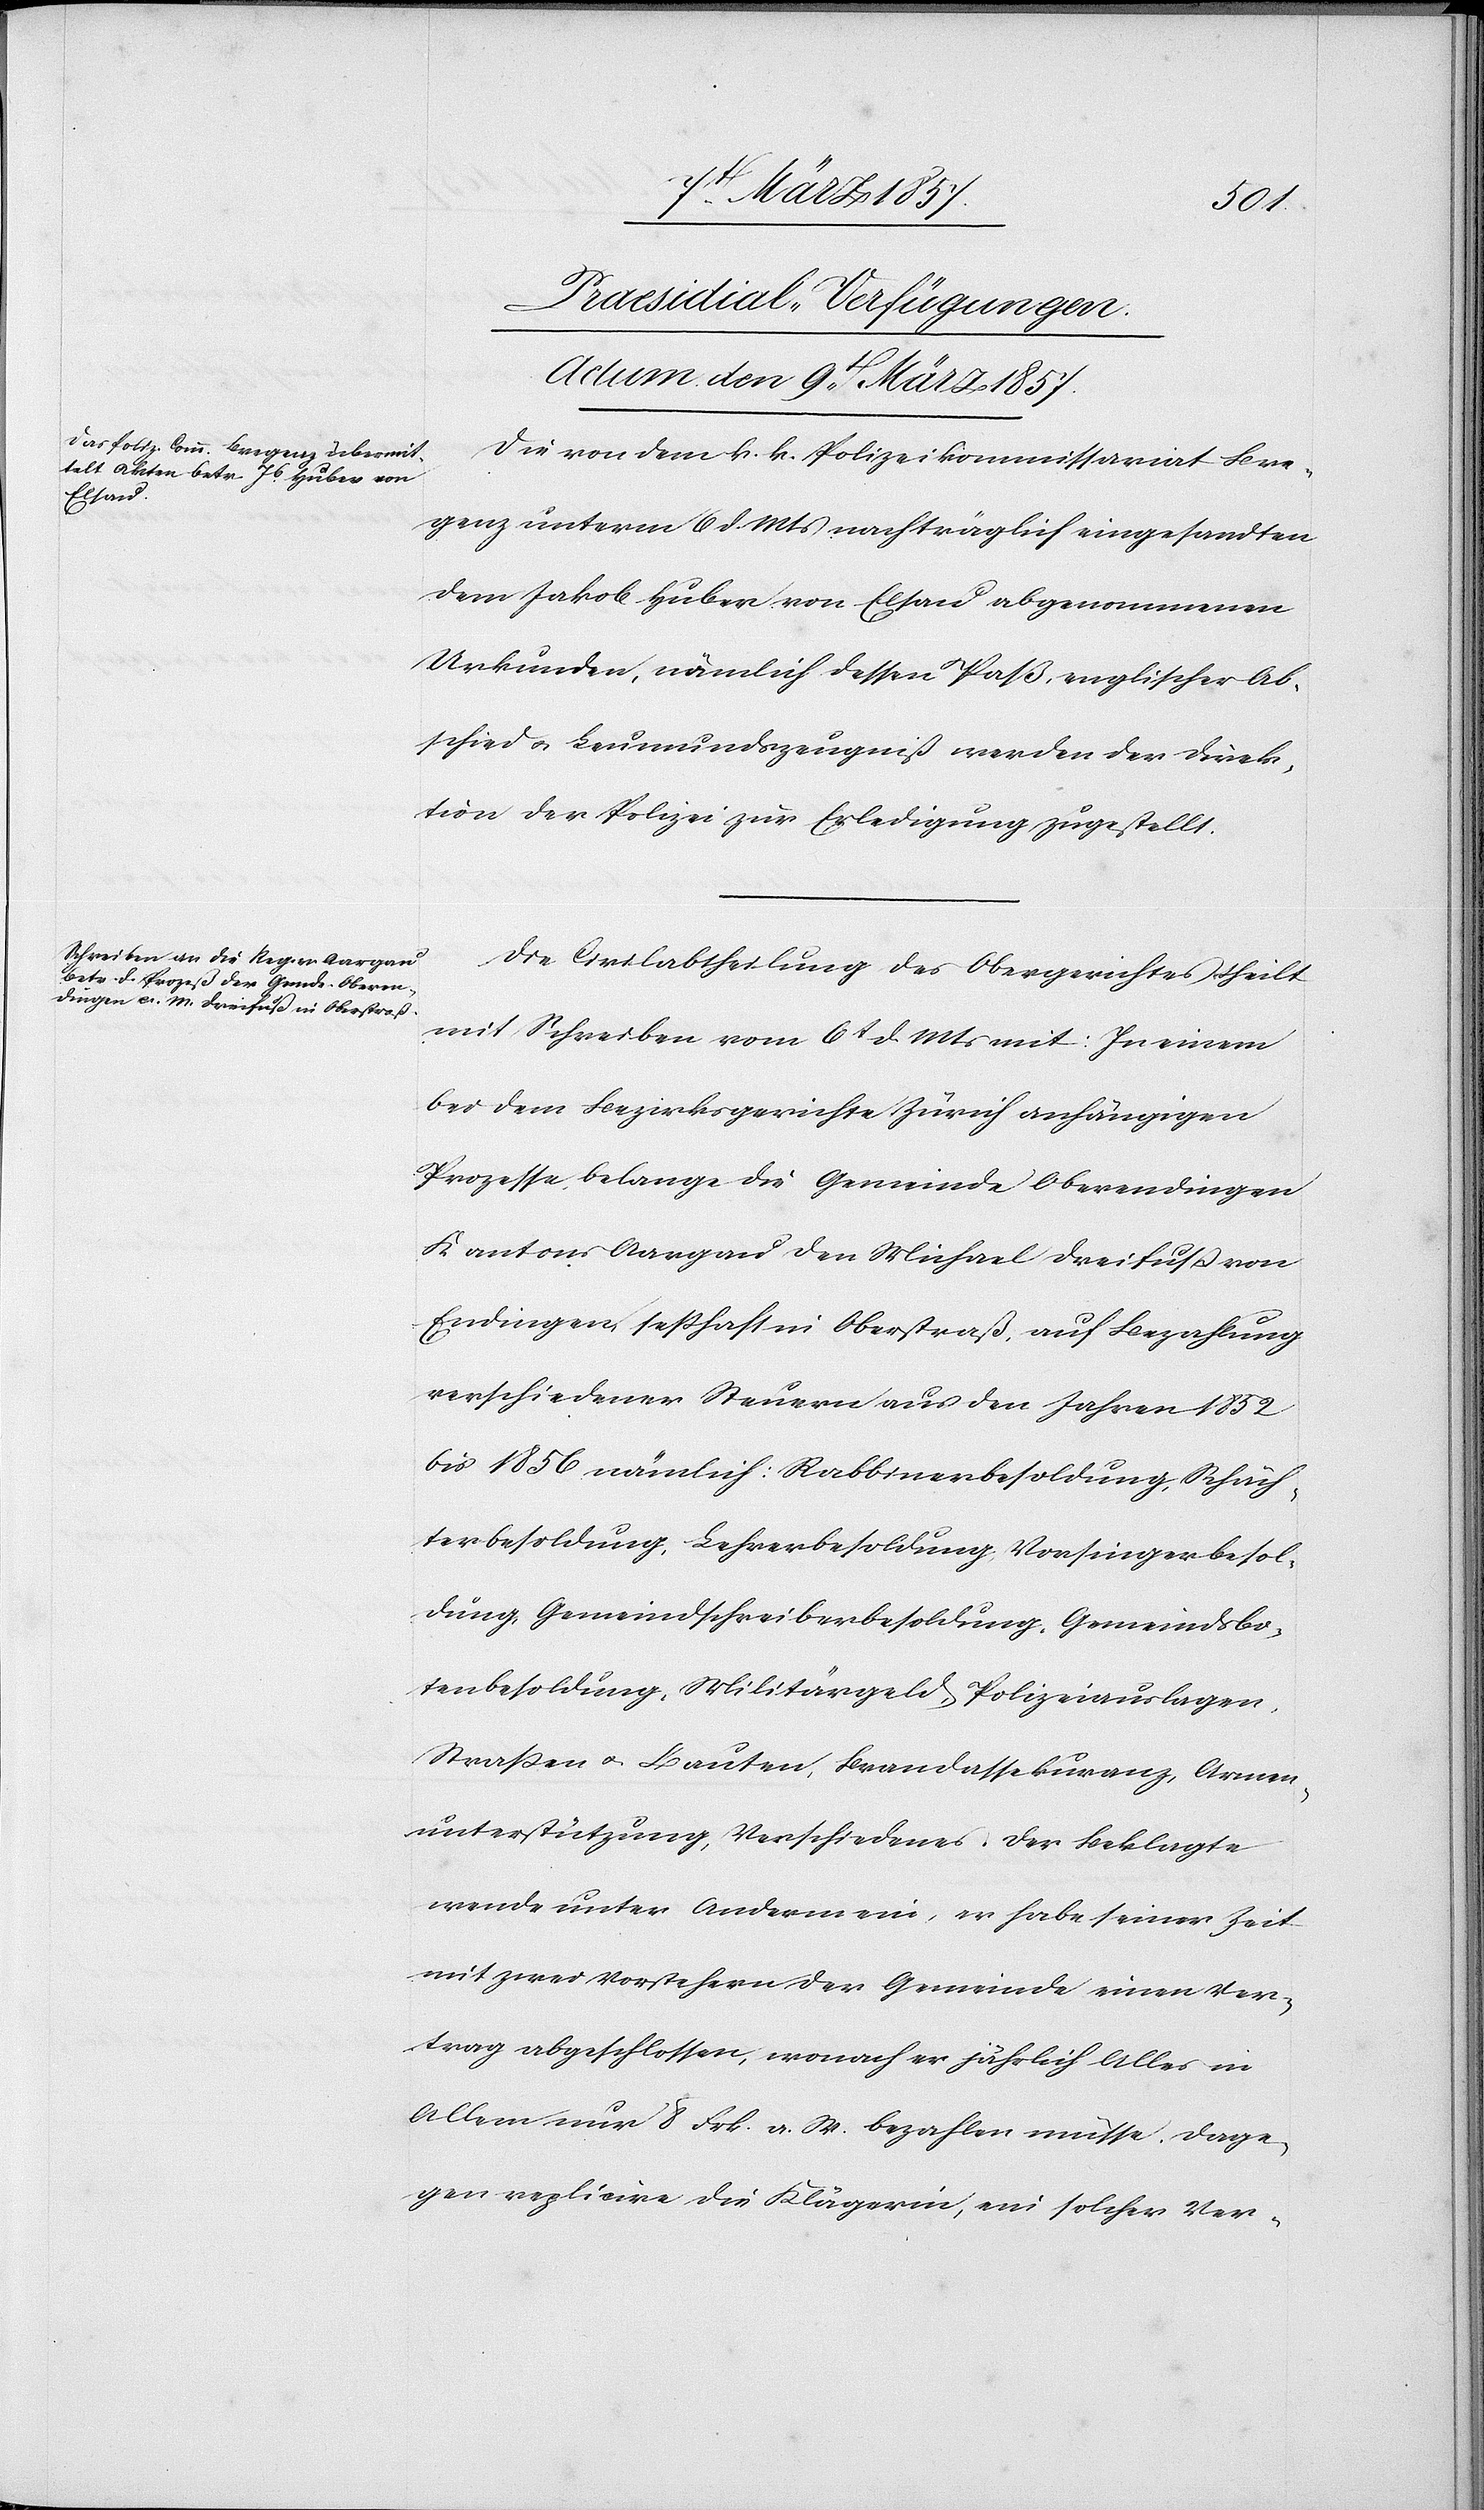
[Praesidial-Verfügungen.
Actum den 9t März 1857.]
Die von dem k. k. Polizeikommissariat Bre¬
genz unterm 6 d. Mts nachträglich eingesandten
dem Jakob Huber von Elsau abgenommenen
Urkunden, nämlich dessen Paß, englischer Ab¬
schied u. Leumundszeugniß werden der Direk¬
tion der Polizei zur Erledigung zugestellt.
Die Civilabtheilung des Obergerichtes theilt
mit Schreiben vom 6t d. Mts mit: In einem
bei dem Bezirksgerichte Zürich anhängigen
Prozesse belange die Gemeinde Oberendingen
Kantons Aargau den Michael Dreifuß von
Endingen, seßhaft in Oberstraß, auf Bezahlung
verschiedener Steuern aus den Jahren 1852
bis 1856 nämlich: Rabbinerbesoldung, Schäch¬
terbesoldung, Lehrerbesoldung, Vorsingerbesol¬
dung, Gemeindschreiberbesoldung, Gemeindsbo¬
tenbesoldung, Militärgeld, Polizeiauslagen,
Straßen u. Bauten, Brandassekuranz, Armen¬
unterstützung, Verschiedenes. Der Beklagte
wende unter Anderm ein, er habe seiner Zeit
mit zwei Vorstehern der Gemeinde einen Ver¬
trag abgeschlossen, wonach er jährlich Alles in
Allem nur 8 Frk. a. W. bezahlen müsse. Dage¬
gen replicire die Klägerin, ein solcher Ver-